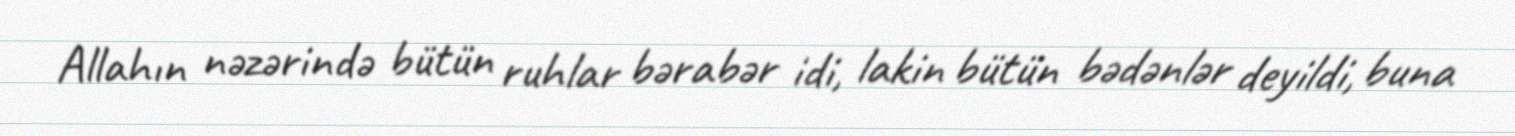
Allahın nəzərində bütün ruhlar bərabər idi, lakin bütün bədənlər deyildi, buna